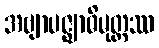
အဗျာပဇ္ဈာဓိမုတ္တဿ